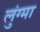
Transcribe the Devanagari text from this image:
लुंग्मा